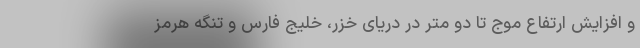
و افزایش ارتفاع موج تا دو متر در دریای خزر، خلیج فارس و تنگه هرمز